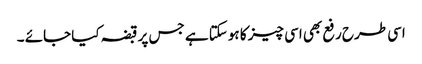
اسی طرح رفع بھی اسی چیز کا ہوسکتا ہے جس پر قبضہ کیا جائے ۔